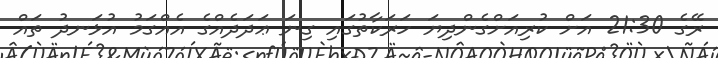
ރޭގެ 21:30 އަށް ކުރިއަށްގެންދިޔަ ހަރަކާތުގައި ގިނަ ޢަދަދެއްގެ އެއްގަމު އުޅަނދު ތައް